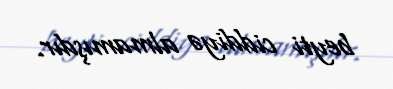
beyti ciddiyə almamışdır.